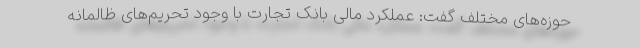
حوزه‌های مختلف گفت: عملکرد مالی بانک تجارت با وجود تحریم‌های ظالمانه